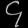
Digit: ၄